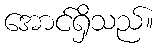
အောင်ရှိသည်။